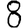
Digit: 8